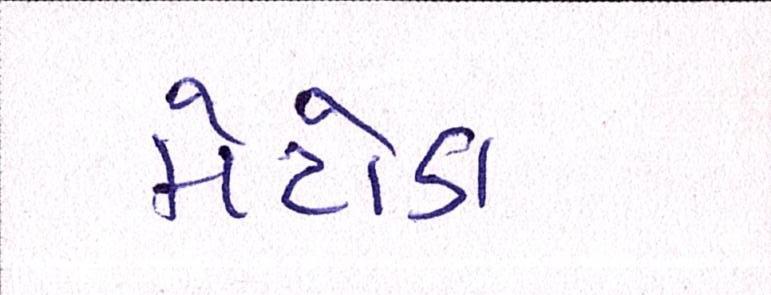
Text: મેટોડા